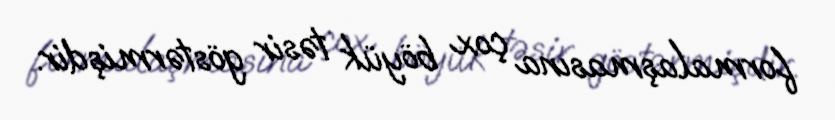
formalaşmasına çox böyük təsir göstərmişdir.